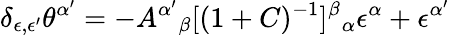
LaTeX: \delta_{\epsilon,\epsilon^{\prime}}\theta^{\alpha^{\prime}}=-A^{\alpha^{\prime}}{}_{\beta}[(1+C)^{-1}]^{\beta}{}_{\alpha}\epsilon^{\alpha}+\epsilon^{\alpha^{\prime}}